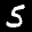
Label: 5